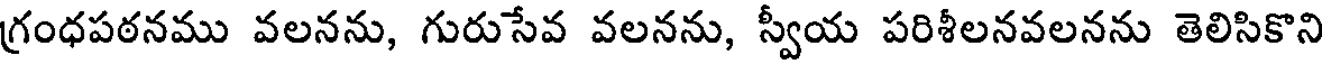
గ్రంధపఠనము వలనను, గురుసేవ వలనను, స్వీయ పరిశీలనవలనను తెలిసికొని